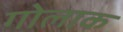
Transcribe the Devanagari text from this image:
गोलाक